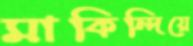
মাকিন্দিয়ে